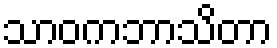
သာဝကဘာသိတာ